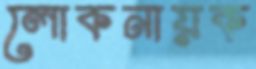
লোকনায়ক